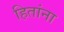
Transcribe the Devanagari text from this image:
हितांना